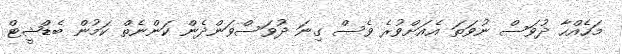
މަހެއްހާ ދުވަސް ނުވަތަ އެއަށްވުރެ ވެސް ގިނަ ދުވަސްވަންދެން ކަންނެތް ކަމުން ބެޑްޝީޓް